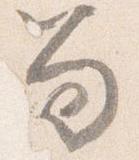
笏